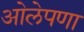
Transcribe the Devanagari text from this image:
ओलेपणा